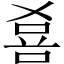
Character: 𱓎